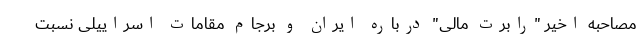
مصاحبه اخیر "رابرت مالی" درباره ایران و برجام مقامات اسراییلی نسبت